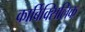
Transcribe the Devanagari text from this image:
कार्बिक्सिलिक